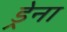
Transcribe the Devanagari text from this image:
ड्रेना